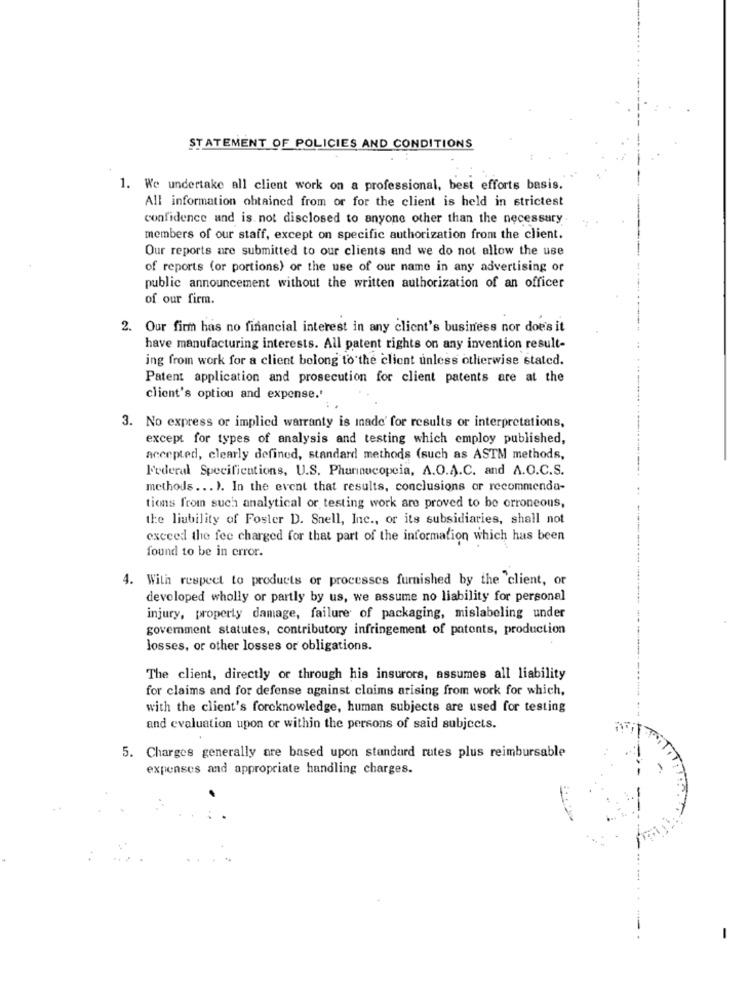
STATEMENT OF POLICIES AND CONDITIONS
1. We undertake all client work on a professional, best efforts basis.
All information obtained from or for the client is held in strictest
confidence and is not disclosed to anyone other than the necessary.
members of our staff, except on specific authorization from the client.
Our reports are submitted to our clients and we do not allow the use
of reports (or portions) or the use of our name in any advertising or
public announcement without the written authorization of an officer
of our firm.
2. Our firm has no financial interest in any client's business nor doe's it
have manufacturing interests. All patent rights on any invention result-
ing from work for a client belong to the client unless otherwise stated.
Patent application and prosecution for client patents are at the
client's option and expense.'
3. No express or implied warranty is inade' for results or interpretations,
except for types of analysis and testing which employ published,
accepted, clearly defined, standard methods (such as ASTM methods,
Federal Specifications, U.S. Phurinucopeia, A.O.A.C. and A.O.C.S.
methods ... ). In the event that results, conclusions or recommenda-
tions from such analytical or testing work are proved to be erroneous,
the liability of Foster D. Snell, Inc ., or its subsidiaries, shall not
exceed the fee charged for that part of the information which has been
found to be in error.
4. With respect to products or processes furnished by the client, or
developed wholly or partly by us, we assume no liability for personal
injury, property damage, failure of packaging, mislabeling under
government statutes, contributory infringement of patents, production
losses, or other losses or obligations.
The client, directly or through his insurors, assumes all liability
for claims and for defense against claims arising from work for which,
with the client's forcknowledge, human subjects are used for testing
and evaluation upon or within the persons of said subjects.
5. Charges generally are based upon standard rutes plus reimbursable
expenses and appropriate handling charges.
-